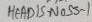
Text: HEADIS-NOSS-1